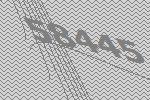
58445